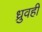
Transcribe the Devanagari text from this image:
ध्रुवही